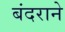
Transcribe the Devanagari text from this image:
बंदराने